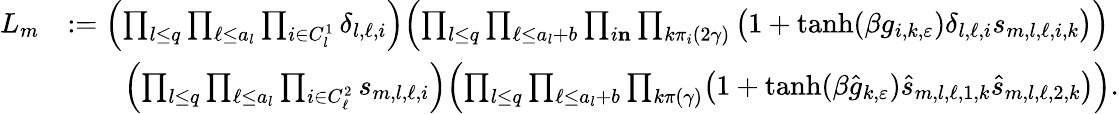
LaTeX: \begin{array}{rl}{L_{m}}&{:=\Bigl(\prod_{l\leq q}\prod_{\ell\leq a_{l}}\prod_{i\in C_{l}^{1}}\delta_{l,\ell,i}\Bigr)\Bigl(\prod_{l\leq q}\prod_{\ell\leq a_{l}+b}\prod_{i\le n}\prod_{k\le\pi_{i}(2\gamma)}\big(1+\operatorname{tanh}(\beta g_{i,k,\varepsilon})\delta_{l,\ell,i}s_{m,l,\ell,i,k}\big)\Bigr)}\\ &{\qquad\Bigl(\prod_{l\leq q}\prod_{\ell\leq a_{l}}\prod_{i\in C_{\ell}^{2}}s_{m,l,\ell,i}\Bigr)\Bigl(\prod_{l\leq q}\prod_{\ell\leq a_{l}+b}\prod_{k\le\pi(\gamma)}\bigl(1+\operatorname{tanh}(\beta\hat{g}_{k,\varepsilon}){\hat{s}}_{m,l,\ell,1,k}{\hat{s}}_{m,l,\ell,2,k}\bigr)\Bigr).}\end{array}